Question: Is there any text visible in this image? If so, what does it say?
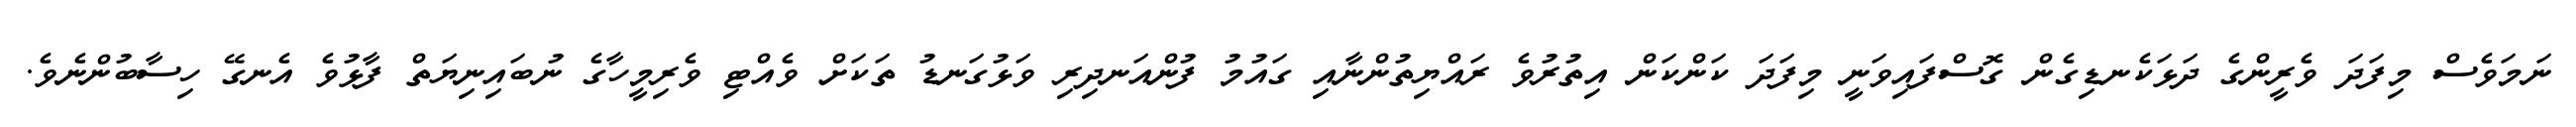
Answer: ނަމަވެސް މިފަދަ ވެރީންގެ ދަޅަކެނޑިގެން ގޮސްފައިވަނީ މިފަދަ ކަންކަން އިތުރުވެ ރައްޔިތުންނާއި ގައުމު ފުންއަނދިރި ވަޅުގަނޑު ތަކަށް ވެއްޓި ވެރިމީހާގެ ނުބައިނިޔަތް ފާޅުވެ އެނގޭ ހިސާބުންނެވެ.